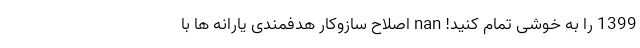
1399 را به خوشی تمام کنید! nan اصلاح سازوکار هدفمندی یارانه ‌ها با